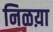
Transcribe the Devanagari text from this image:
निळय़ा